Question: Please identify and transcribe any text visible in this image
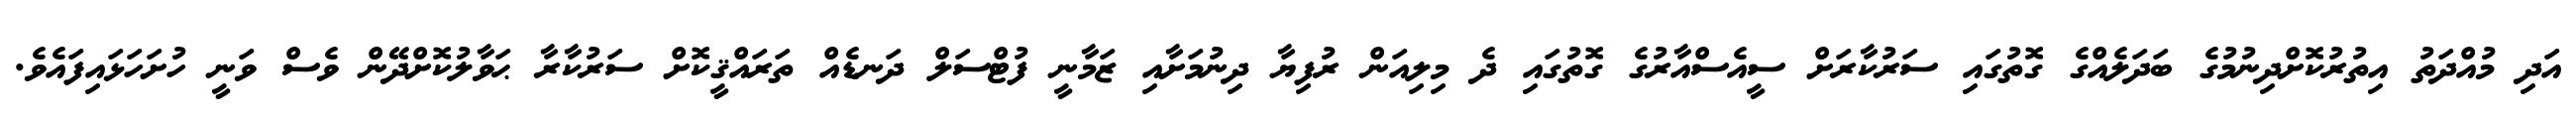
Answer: އަދި މުއްދަތު އިތުރުކޮށްދިނުމުގެ ބަދަލެއްގެ ގޮތުގައި ސަރުކާރަށް ސީއެސްއާރުގެ ގޮތުގައި ދެ މިލިއަން ރުފިޔާ ދިނުމަށާއި ޒަމާނީ ފުޓްސަލް ދަނޑެއް ތަރައްޤީކޮށް ސަރުކާރާ ޙަވާލުކޮށްދޭން ވެސް ވަނީ ހުށަހަޅައިފައެވެ.